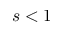
s < 1